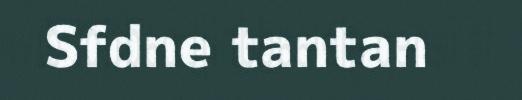
Sfdne tantan